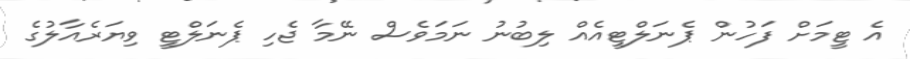
އެ ޓީމަށް ފަހުން ޕެނަލްޓީއެއް ލިބުނު ނަމަވެސް ނޭމާ ޖެހި ޕެނަލްޓީ ވިޔަރެއާލުގެ